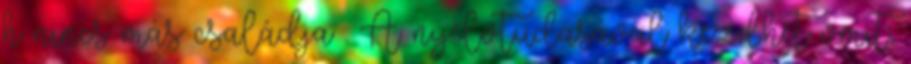
h nincs más családja . A nyelvtudásával kezdhet vmit,